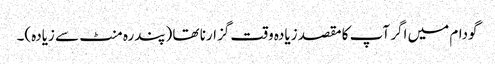
گودام میں اگر آپ کا مقصد زیادہ وقت گزارنا تھا (پندرہ منٹ سے زیادہ)۔